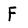
Character: F